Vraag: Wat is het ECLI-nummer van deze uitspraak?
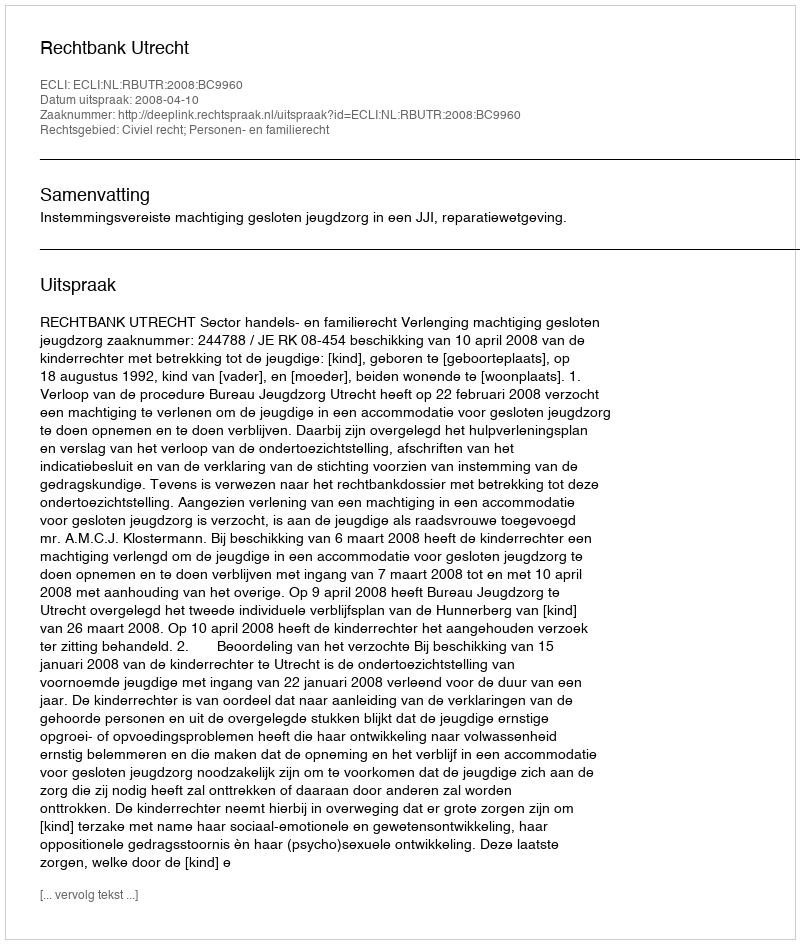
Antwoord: ECLI:NL:RBUTR:2008:BC9960